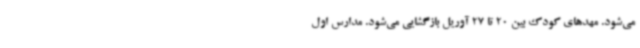
می‌شود. مهدهای کودک بین 20 تا 27 آوریل بازگشایی می‌شود. مدارس اول